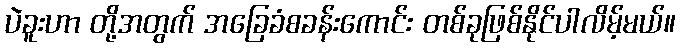
ပဲခူးဟာ တို့အတွက် အခြေခံစခန်းကောင်း တစ်ခုဖြစ်နိုင်ပါလိမ့်မယ်။